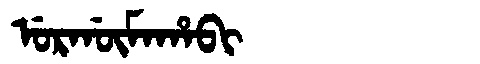
Manchu: ᡠᡵᡤᡡᠮᠠᡥᠠᠪᡳ
Romanization: URGŪMAHABI